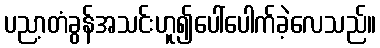
ပညာ့တံခွန်အသင်းဟူ၍ပေါ်ပေါက်ခဲ့လေသည်။